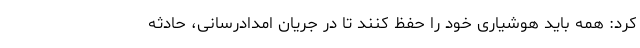
کرد: همه باید هوشیاری خود را حفظ کنند تا در جریان امدادرسانی، حادثه